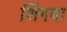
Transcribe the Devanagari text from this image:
शिंगबा